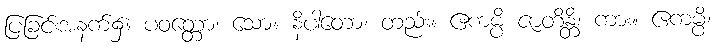
ပြခြင်းအနက်၌။ ပဝတ္တော၊ သော။ နိပါတော၊ တည်း။ ဧကမ္ပိ ဇာတိန္တိ၊ ကား။ ဧကမ္ပိ၊